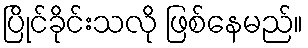
ပြိုင်ခိုင်းသလို ဖြစ်နေမည်။